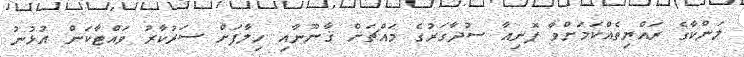
ލަންކާގެ ރައްޔިތެއްކަމަށްވާ ޕޮނިއާ ސުދާގަރުގެ މައްޗަށް ޤާނޫނާއި ހިލާފަށް ސަރުކާރު ވައްޓާކަން އުޅުނު